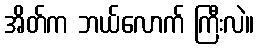
အိတ်က ဘယ်လောက် ကြီးလဲ။